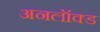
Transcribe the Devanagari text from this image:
अनलॉक्ड